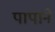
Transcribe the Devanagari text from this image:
पापाने